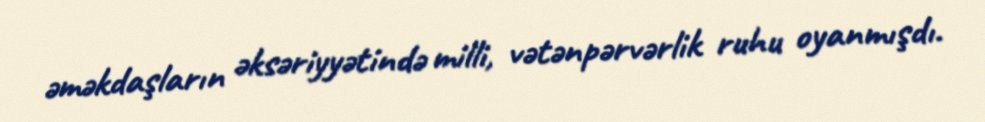
əməkdaşların əksəriyyətində milli, vətənpərvərlik ruhu oyanmışdı.